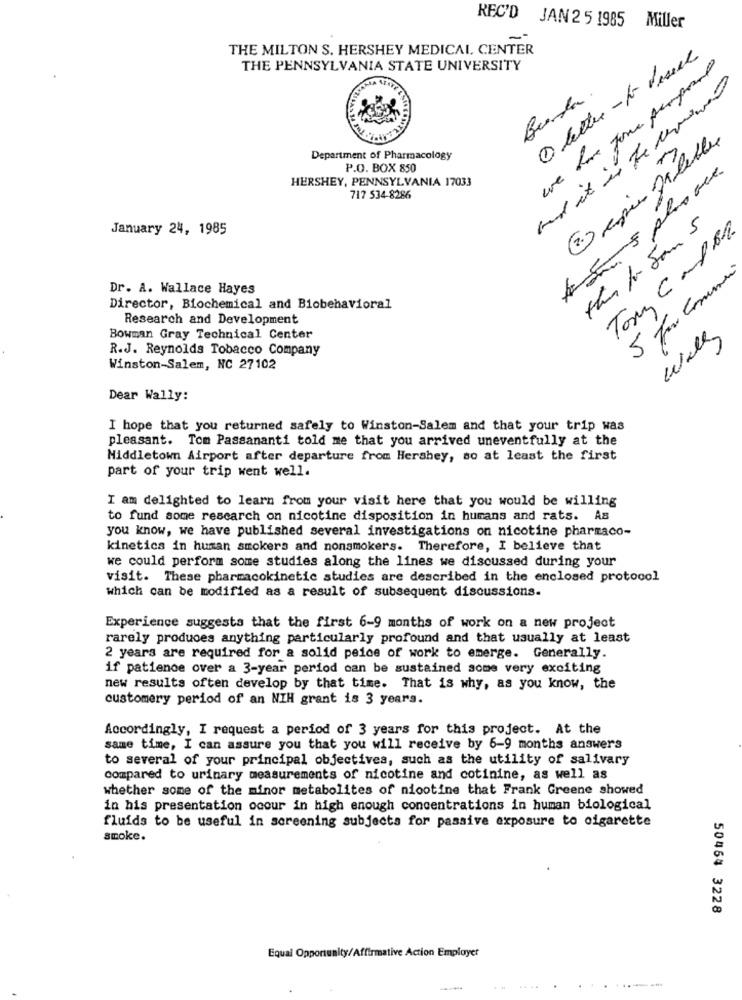
REC'D JAN 25 1985 Miller
THE MILTON S. HERSHEY MEDICAL CENTER
O letter - for visual
THE PENNSYLVANIA STATE UNIVERSITY
we have Jour perpost
and it is he cerand
Es spies filebles
Department of Pharmacology
P.O. BOX 850
HERSHEY, PENNSYLVANIA 17033
717 534-8286
then for San 5
January 24, 1985
Tony C and
Dr. A. Wallace Hayes
Director, Biochemical and Biobehavioral
Research and Development
Bowman Gray Technical Center
R.J. Reynolds Tobacco Company
Winston-Salem, NC 27102
Dear Wally:
I hope that you returned safely to Winston-Salem and that your trip was
pleasant. Tom Passananti told me that you arrived uneventfully at the
Middletown Airport after departure from Hershey, so at least the first
part of your trip went well.
I am delighted to learn from your visit here that you would be willing
to fund some rescarch on nicotine disposition in humans and rats. As
you know, we have published several investigations on nicotine pharmaco-
kinetics in human smokers and nonsmokers. Therefore, I believe that
we could perform some studies along the lines we discussed during your
visit. These pharmacokinetic studies are described in the enclosed protocol
which can be modified as a result of subsequent discussions.
Experience suggests that the first 6-9 months of work on a new project
rarely produces anything particularly profound and that usually at least
2 years are required for a solid peice of work to emerge. Generally.
if patience over a 3-year period can be sustained some very exciting
new results often develop by that time. That is why, as you know, the
customery period of an NIH grant is 3 years.
Accordingly, I request a period of 3 years for this project. At the
same time, I can assure you that you will receive by 6-9 months answers
to several of your principal objectives, such as the utility of salivary
compared to urinary measurements of nicotine and cotinine, as well as
whether some of the minor metabolites of nicotine that Frank Greene showed
in his presentation ocour in high enough concentrations in human biological
fluids to be useful in screening subjects for passive exposure to cigarette
smoke.
50464 3228
Equal Opportunity/Affirmative Action Employer